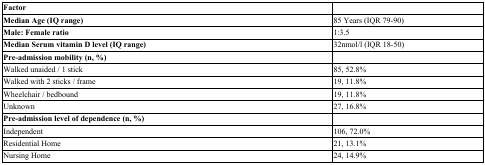
<table><thead><tr><td><b>Factor</b></td><td></td></tr></thead><tbody><tr><td><b>Median Age (IQ range)</b></td><td>85 Years (IQR 79-90)</td></tr><tr><td><b>Male: Female ratio</b></td><td>1:3.5</td></tr><tr><td><b>Median Serum vitamin D level (IQ range)</b></td><td>32nmol/l (IQR 18-50)</td></tr><tr><td><b>Pre-admission mobility (n, %)</b></td><td></td></tr><tr><td>Walked unaided / 1 stick</td><td>85, 52.8%</td></tr><tr><td>Walked with 2 sticks / frame</td><td>19, 11.8%</td></tr><tr><td>Wheelchair / bedbound</td><td>19, 11.8%</td></tr><tr><td>Unknown</td><td>27, 16.8%</td></tr><tr><td><b>Pre-admission level of dependence (n, %)</b></td><td></td></tr><tr><td>Independent</td><td>106, 72.0%</td></tr><tr><td>Residential Home</td><td>21, 13.1%</td></tr><tr><td>Nursing Home</td><td>24, 14.9%</td></tr></tbody></table>